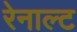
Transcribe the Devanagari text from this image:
रेनाल्ट